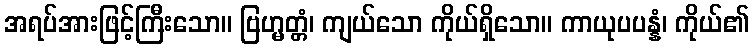
အရပ်အားဖြင့်ကြီးသော။ ဗြဟ္မတ္တံ၊ ကျယ်သော ကိုယ်ရှိသော။ ကာယုပပန္နံ၊ ကိုယ်၏